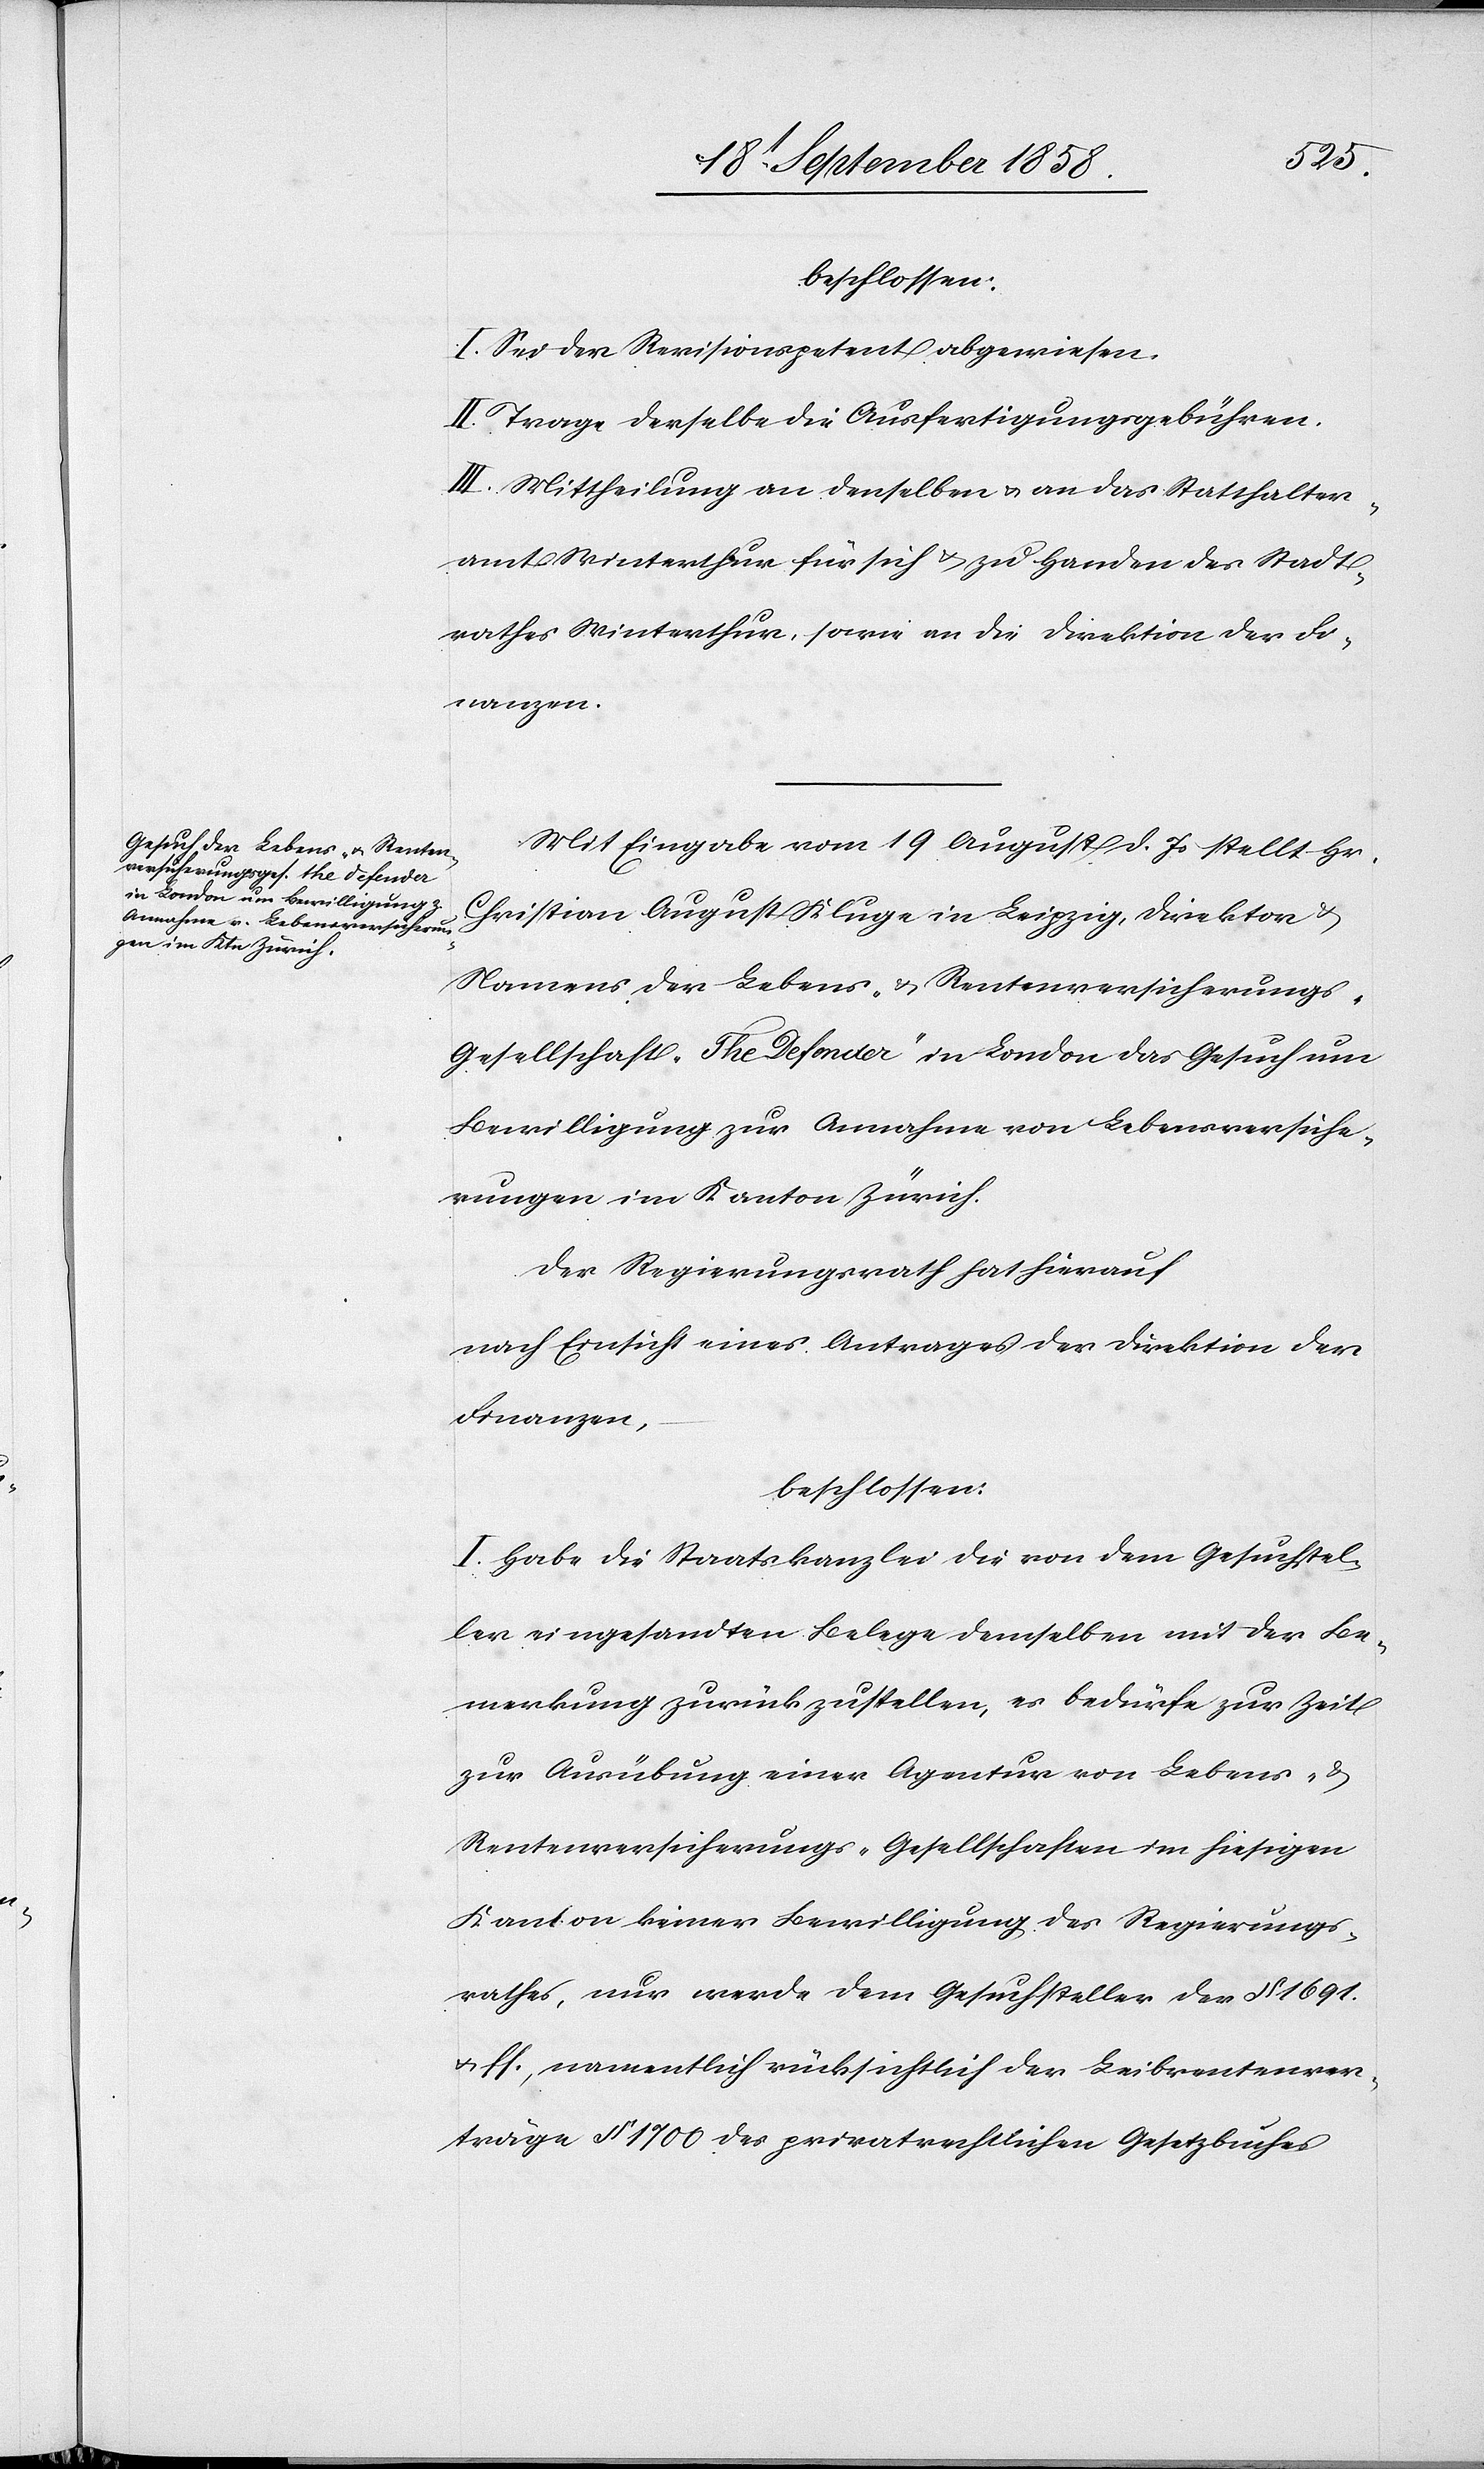
beschlossen:
I. Sei der Revisionspetent abgewiesen.
II. Trage derselbe die Ausfertigungsgebühren.
III. Mittheilung an denselben & an das Statthalter¬
amt Winterthur für sich & zu Handen des Stadt¬
rathes Winterthur, sowie an die Direktion der Fi¬
nanzen.
Mit Eingabe vom 19 August d. Js stellt Hr.
Christian August Kluge in Leipzig, Direktor &
Namens der Lebens- & Rentenversicherung¬
s-Gesellschaft „The Defender“ in London das Gesuch um
Bewilligung zur Annahme von Lebensversiche¬
rungen im Kanton Zürich.
Der Regierungsrath hat hierauf
nach Einsicht eines Antrages der Direktion der
Finanzen,
beschlossen:
I. Habe die Staatskanzlei die von dem Gesuchstel¬
ler eingesandten Belege demselben mit der Be¬
merkung zurückzustellen, es bedürfe zur Zeit
zur Ausübung einer Agentur von Lebens- &
Rentenversicherungs-Gesellschaften im hiesigen
Kanton keiner Bewilligung des Regierungs¬
rathes, nur werde dem Gesuchsteller der § 1691.
& ff., namentlich rücksichtlich der Leibrentenver¬
träge § 1700 des privatrechtlichen Gesetzbuches